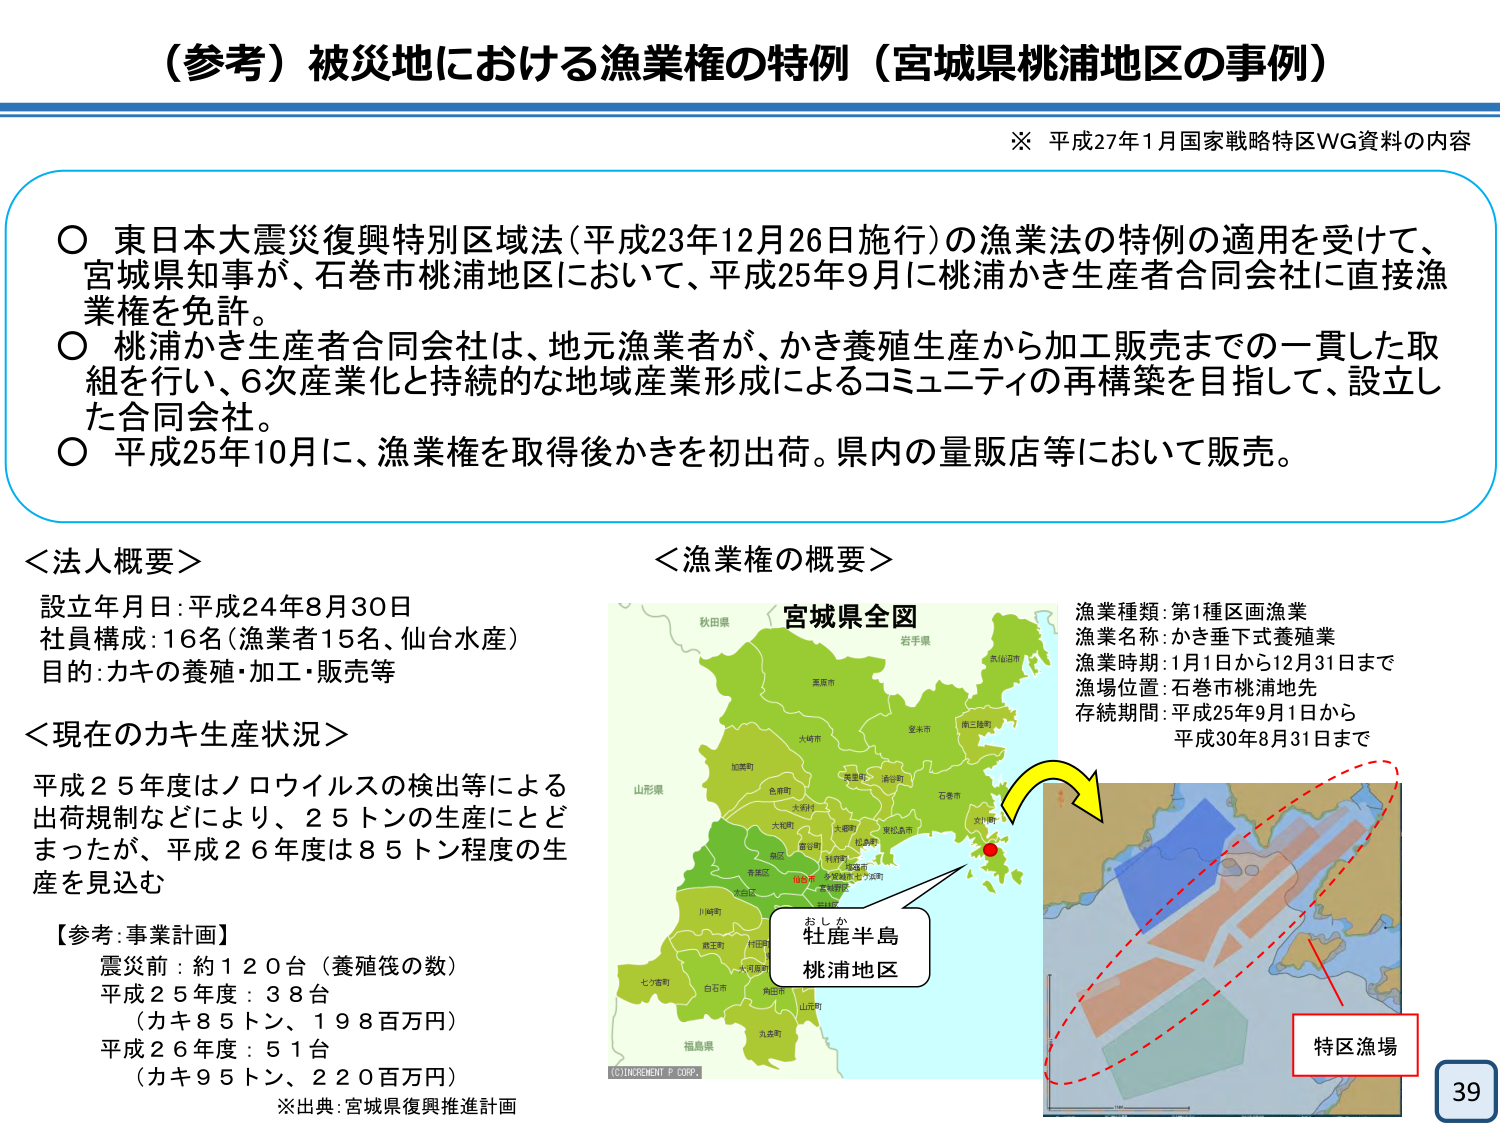
（参考）被災地における漁業権の特例（宮城県桃浦地区の事例）

※ 平成27年1月国家戦略特区WG資料の内容

○ 東日本大震災復興特別区域法（平成23年12月26日施行）の漁業法の特例の適用を受けて、宮城県知事が、石巻市桃浦地区において、平成25年9月に桃浦かき生産者合同会社に直接漁業権を免許。
○ 桃浦かき生産者合同会社は、地元漁業者が、かき養殖生産から加工販売までの一貫した取組を行い、6次産業化と持続的な地域産業形成によるコミュニティの再構築を目指して、設立した合同会社。
○ 平成25年10月に、漁業権を取得後かきを初出荷。県内の量販店等において販売。

＜法人概要＞
設立年月日：平成24年8月30日
社員構成：16名（漁業者15名、仙台水産）
目的：カキの養殖・加工・販売等

＜現在のカキ生産状況＞
平成25年度はノロウイルスの検出等による出荷規制などにより、25トンの生産にとどまったが、平成26年度は85トン程度の生産を見込む

【参考：事業計画】
震災前：約120台（養殖筏の数）
平成25年度：38台
（カキ85トン、198百万円）
平成26年度：51台
（カキ95トン、220百万円）
※出典：宮城県復興推進計画

＜漁業権の概要＞
漁業種類：第1種区画漁業
漁業名称：かき垂下式養殖業
漁業時期：1月1日から12月31日まで
漁場位置：石巻市桃浦地先
存続期間：平成25年9月1日から
平成30年8月31日まで

宮城県全図
秋田県
岩手県
気仙沼市
栗原市
登米市
南三陸町
大崎市
加美町
色麻町
大和町
大郷町
東松島市
石巻市
女川町
松島町
多賀城市
名取市
仙台市
富谷市
大河原町
白石市
角田市
山元町
七ヶ宿町
蔵王町
川崎町
伊具町
丸森町
福島県
山形県

おしか
牡鹿半島
桃浦地区

特区漁場

©INCREMENT P CORP.

39